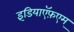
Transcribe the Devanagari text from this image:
इंडियाऍफ़एम्